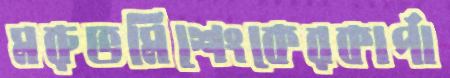
মরুভমিশেংকেরকার্পা